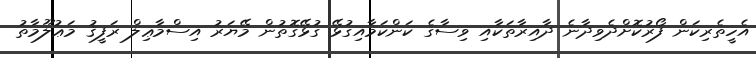
އެހީތެރިކަން ފޯރުކޮށްދެވިދާނެ ދާއިރާތަކާއި ވިސާގެ ކަންކަމާއިގުޅޭ ގުޅޭގޮތުން މޭޔަރު އިސްމާޢިލް ރަފީޤު މަޢުލޫމާތު